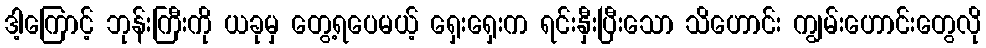
ဒါ့ကြောင့် ဘုန်းကြီးကို ယခုမှ တွေ့ရပေမယ့် ရှေးရှေးက ရင်းနှီးပြီးသော သိဟောင်း ကျွမ်းဟောင်းတွေလို